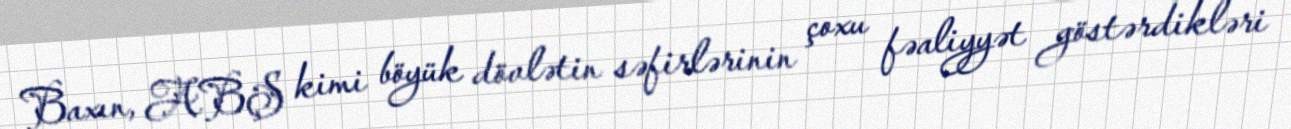
Baxın, ABŞ kimi böyük dövlətin səfirlərinin çoxu fəaliyyət göstərdikləri